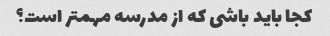
کجا باید باشی که از مدرسه مهمتر است؟